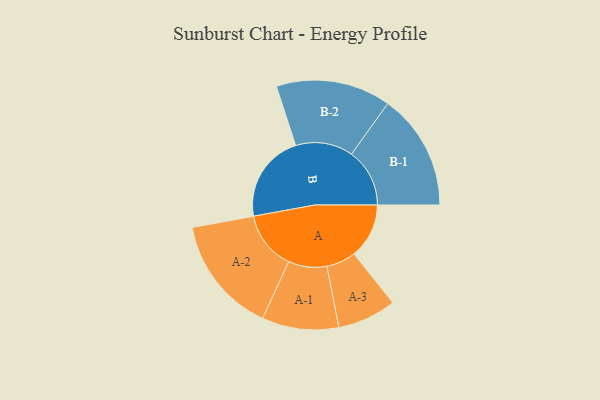
{"axis": {"x": "Segment", "y": "Value"}, "legend": ["", "A", "B"], "data": [{"x": "A", "y": 228, "type": ""}, {"x": "B", "y": 365, "type": ""}, {"x": "A-1", "y": 159, "type": "A"}, {"x": "A-2", "y": 243, "type": "A"}, {"x": "A-3", "y": 122, "type": "A"}, {"x": "B-1", "y": 241, "type": "B"}, {"x": "B-2", "y": 238, "type": "B"}]}